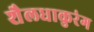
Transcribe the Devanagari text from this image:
शैलधाकुरंग